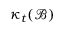
\kappa _ { t } ( { \mathcal { B } } )